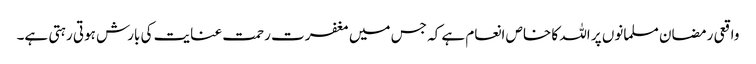
واقعی رمضان مسلمانوں پر اللہ کا خاص انعام ہے کہ جس میں مغفرت رحمت عنایت کی بارش ہوتی رہتی ہے۔